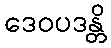
ဒေဝပဒန္တိ